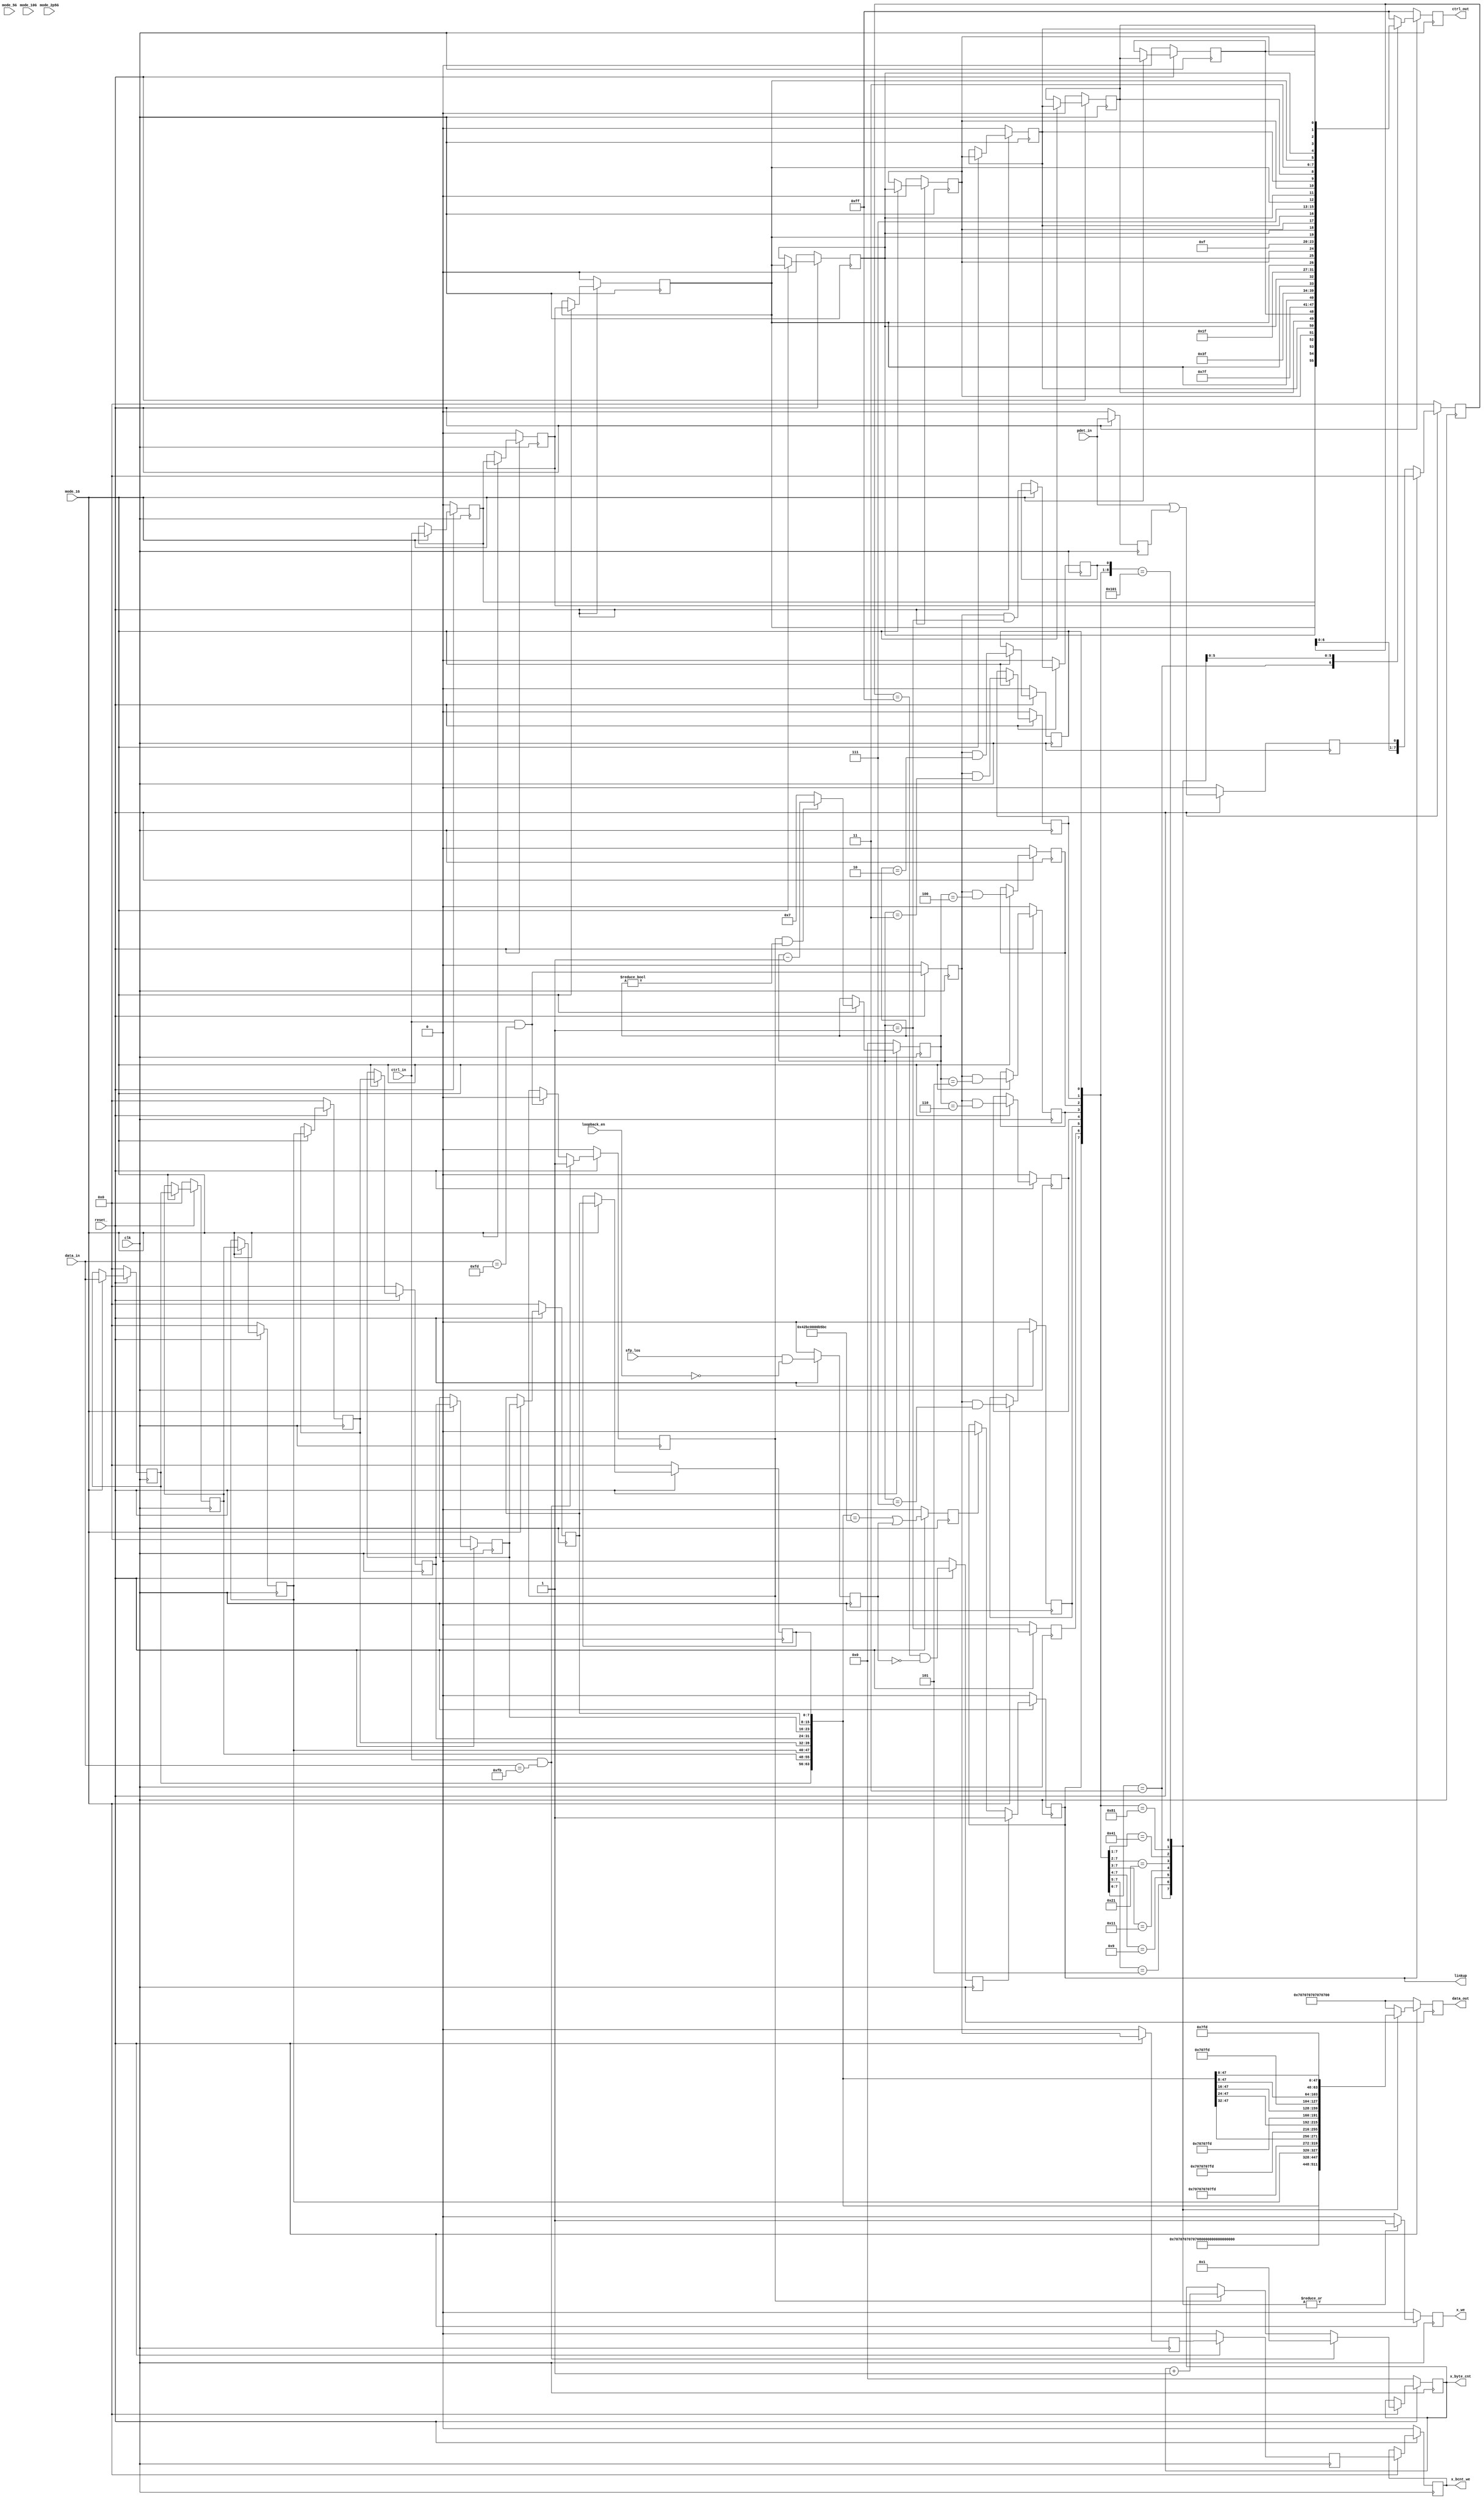
//
// Copyright (C) 2018 LeWiz Communications, Inc. 
// 
// This library is free software; you can redistribute it and/or
// modify it under the terms of the GNU Lesser General Public
// License as published by the Free Software Foundation; either
// version 2.1 of the License, or (at your option) any later version.
// 
// This library is distributed in the hope that it will be useful,
// but WITHOUT ANY WARRANTY; without even the implied warranty of
// MERCHANTABILITY or FITNESS FOR A PARTICULAR PURPOSE.  See the GNU
// Lesser General Public License for more details.
// 
// You should have received a copy of the GNU Lesser General Public
// License along with this library release; if not, write to the Free Software
// Foundation, Inc., 51 Franklin Street, Fifth Floor, Boston, MA  02110-1301  USA
// 
// LeWiz can be contacted at:  support@lewiz.com
// or address:  
// PO Box 9276
// San Jose, CA 95157-9276
// www.lewiz.com
// 
//    Language: Verilog
//


// synopsys translate_off
`timescale 1ns / 1ns                                                                                                                                               
// synopsys translate_on

module gige_s2p (
	clk,				// i-1
	reset_,				// i-1

	mode_10G ,			//i-1, speed modes
	mode_5G  ,			//i-1, speed modes
	mode_2p5G, 			//i-1, speed modes
	mode_1G  ,			//i-1, speed modes
	
	data_in,			// i-8, input data
	ctrl_in,			// i-1
	pdet_in,			// i-1
	
	data_out,			// o-64
	ctrl_out,			// o-8
	
	loopback_en,		// i-1
	sfp_los,			// i-1
	linkup,				// o-1
	x_we,
	x_bcnt_we,
	x_byte_cnt
	);

input 			clk;
input 			reset_;

input			mode_10G ;		//i-1, speed modes
input			mode_5G  ;		//i-1, speed modes
input			mode_2p5G; 		//i-1, speed modes
input			mode_1G  ;		//i-1, speed modes


input 	[7:0]	data_in;		// i-8, input data
input 			ctrl_in;		// i-1
input			pdet_in;		// i-1

output	[63:0]	data_out;		// o-64, data output
output	[07:0]	ctrl_out;		// o-8, control output

input			loopback_en;	 // i-1
input			sfp_los;		 // i-1
output			linkup;			 // o-1
output          x_we;
output          x_bcnt_we;
output	[15:0]	x_byte_cnt;

reg			linkup;
reg         x_we;
reg         x_bcnt_we;
reg [15:0]	x_byte_cnt;

reg 	[7:0]	data_in_dly;
reg 			ctrl_in_dly;

reg			frame;
reg			insert;

reg			sof;
reg			eof;

reg			eof0;
reg			eof1;
reg			eof2;	
reg			eof3;
reg			eof4;
reg			eof5;
reg			eof6;
reg	[15:0]	count;

reg			pvld; 				   // parallel data is valid

reg [63:0]	data_out;
reg [7:0]	ctrl_out;

reg [7:0]	dff0, dff1, dff2, dff3, dff4, dff5, dff6, dff7;
reg 		cff0, cff1, cff2, cff3, cff4, cff5, cff6, cff7;

wire [63:0] pdata = {dff0, dff1, dff2, dff3, dff4, dff5, dff6, dff7};		  // parallel data
wire [7:0]	pctrl = {cff0, cff1, cff2, cff3, cff4, cff5, cff6, cff7};		  // parallel control

reg 		eof_dly1;
reg 		eof_dly2;
 
always @ (posedge clk)
begin
	if (!reset_)
	begin
		data_in_dly <= 8'h07;
		ctrl_in_dly <= 1'b1; 
	
		frame <= 1'b0;
		insert <= 1'b0;
		
		sof <= 1'b0;
		eof <= 1'b0;
		eof_dly1 <= 1'b0;
		eof_dly2 <= 1'b0;
		
		eof0 <= 1'b0;
		eof1 <= 1'b0;
		eof2 <= 1'b0;
		eof3 <= 1'b0;
		eof4 <= 1'b0;
		eof5 <= 1'b0;
		eof6 <= 1'b0;
		
		count <= 16'h0;
		pvld <= 1'b0;
		
		data_out <= 64'h0707_0707_0707_0707;
		ctrl_out <= 8'hff;
		x_bcnt_we <= 1'b0;
		x_we <= 1'b0;
		
		x_byte_cnt <= 16'h0;
	end
	
	else
	begin
				
		data_in_dly <= data_in;
		ctrl_in_dly <= ctrl_in;
	
		frame <= (ctrl_in & (data_in == 8'hfb))? 1'b1 : ((ctrl_in & (data_in == 8'hfd))? 1'b0 : frame);
		insert <= frame & !ctrl_in;
	
		sof <= ctrl_in & (data_in == 8'hfb);
		eof <= ctrl_in & (data_in == 8'hfd);
		eof_dly1	<= eof ;
		eof_dly2 <= eof_dly1;
		
		if (mode_1G)
			begin                  
				eof0 <= eof & (count == 16'd7);
				eof1 <= eof & (count == 16'd6);
				eof2 <= eof & (count == 16'd5);
				eof3 <= eof & (count == 16'd4);
				eof4 <= eof & (count == 16'd3);
				eof5 <= eof & (count == 16'd2);
				eof6 <= eof & (count == 16'd1);
				
				count <= (frame & count != 16'h0)? (count - 16'h1) : 16'h7 ;
				
				x_byte_cnt <= (data_in == 8'hfb & ctrl_in) ? 16'd1 :
						(frame) ? x_byte_cnt + 16'd1 :     
						x_byte_cnt;                                       
				
		        x_bcnt_we <= eof_dly2;
				
			end
		    			
		pvld <= (count == 16'h1);
				
		
		casez ({linkup, pvld, eof0, eof1, eof2, eof3, eof4, eof5, eof6})
		9'b11???????:			  // data within the frame
				begin
				data_out <= pdata;
		        ctrl_out <= pctrl;		        
		        x_we <=	1'b1;							
				end
		
		9'b101??????:			  // eof on lane 0
				begin
				data_out <= 64'h0707_0707_0707_07fd;
		        ctrl_out <= 8'hff;
		        x_we <= 1'b1;                  
				end
				
		9'b1001?????:			  // eof on lane 1
				begin
				data_out <= {56'h070707070707fd, dff2};
		        ctrl_out <= {7'b1111111, cff2};
		        x_we <= 1'b1;                  
				end
				
		9'b10001????:			 // eof on lane 2
				begin
				data_out <= {48'h0707070707fd, dff2, dff3};
		        ctrl_out <= {6'b111111, cff2, cff3};
		        x_we <= 1'b1;                  
				end
				
		9'b100001???:			 // eof on lane 3
				begin
				data_out <= {40'h07070707fd, dff2, dff3, dff4};
		        ctrl_out <= {5'b11111, cff2, cff3, cff4};
		        x_we <= 1'b1;      
				end
		
		9'b1000001??:		   // eof on lane 4
				begin
				data_out <= {32'h070707fd, dff2, dff3, dff4, dff5};
		        ctrl_out <= {4'b1111, cff2, cff3, cff4, cff5};
		        x_we <= 1'b1;   
				end
				
		9'b10000001?:			// eof on lane 5
				begin
				data_out <= {24'h0707fd, dff2, dff3, dff4, dff5, dff6};
		        ctrl_out <= {3'b111, cff2, cff3, cff4, cff5, cff6};
		        x_we <= 1'b1;   
				end
				
		9'b100000001:		   // eof on lane 6
				begin
				data_out <= {16'h07fd, dff2, dff3, dff4, dff5, dff6, dff7};
		        ctrl_out <= {2'b11, cff2, cff3, cff4, cff5, cff6, cff7};
		        x_we <= 1'b1;   
				end
			   // If eof on lane 7, it is multiple of 8, pvld will take care of it		
		default:
				begin
				data_out <= 64'h0707_0707_0707_0707;
		        ctrl_out <= 8'hff;
		        x_we <= 1'b0;                  
				end
		endcase
		
	end
end

// Cascading D flip flop 
always @ (posedge clk)
begin	
	if (!reset_)
		begin
			dff0 <= 8'b0;
			dff1 <= 8'b0;
			dff2 <= 8'b0;
			dff3 <= 8'b0;
			dff4 <= 8'b0;
			dff5 <= 8'b0;
			dff6 <= 8'b0;
			dff7 <= 8'b0;
			
			cff0 <= 1'b0;
			cff1 <= 1'b0;
			cff2 <= 1'b0;
			cff3 <= 1'b0;
			cff4 <= 1'b0;
			cff5 <= 1'b0;
			cff6 <= 1'b0;
			cff7 <= 1'b0;
		end
	else if (mode_1G)	
		begin
			dff0 <= data_in;
			dff1 <= dff0;
			dff2 <= dff1;
			dff3 <= dff2;
			dff4 <= dff3;
			dff5 <= dff4;
			dff6 <= dff5;
			dff7 <= dff6;
			
			cff0 <= ctrl_in;
			cff1 <= cff0;
			cff2 <= cff1;
			cff3 <= cff2;
			cff4 <= cff3;
			cff5 <= cff4;
			cff6 <= cff5;
			cff7 <= cff6;
		end		
end


// LINKUP DETECTION 
reg pdet_in_dly;
reg idle_detect;
reg [7:0] consec_idle;
reg link_ok;
reg	link_break;
reg real_los;

always @ (posedge clk)
begin
	if (!reset_)
	begin
		pdet_in_dly <= 1'b0;
		idle_detect <= 1'b0;
		consec_idle <= 8'h0;
		link_ok 	<= 1'b0;
		link_break	<= 1'b0;
		real_los	<= 1'b0;
		linkup		<= 1'b0;
	end
	
	else
	begin
		pdet_in_dly <= pdet_in;
		idle_detect <= pdet_in | pdet_in_dly;
		consec_idle <= linkup? 8'h00 : {consec_idle[6:0], idle_detect};
		link_ok		<= (consec_idle == 8'hff) & !real_los;
		link_break	<= (pdata == 64'h0000_42BC_0000_B5BC) | real_los;
		real_los	<= (sfp_los & !loopback_en);
		linkup		<= link_ok? 1'b1 : (link_break? 1'b0 : linkup);
	end
end

endmodule